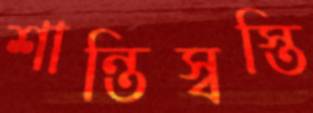
শান্তিস্বস্তি